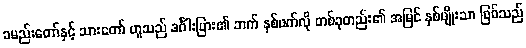
ခမည်းတော်နှင့် သားတော် ဟူသည် ဒင်္ဂါးပြား၏ ဘက် နှစ်ဖက်လို တစ်ခုတည်း၏ အမြင် နှစ်မျိုးသာ ဖြစ်သည်